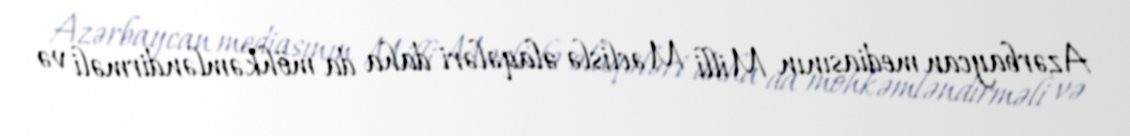
Azərbaycan mediasının Milli Məclislə əlaqələri daha da möhkəmləndirməli və